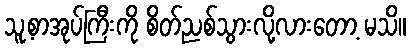
သူ့စာအုပ်ကြီးကို စိတ်ညစ်သွားလို့လားတော့ မသိ။